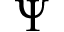
\Psi